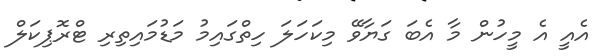
އެއީ އެ މީހުން މާ އެބަ ގަޔާވޭ މިކަހަލަ ހިތްގައިމު މަޑުމައިތިރި ޓްރޮޕިކަލް